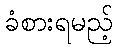
ခံစားရမည့်